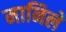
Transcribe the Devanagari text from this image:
मानिले